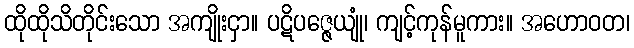
ထိုထိုသိတိုင်းသော အကျိုးငှာ။ ပဋိပဇ္ဇေယျုံ၊ ကျင့်ကုန်မူကား။ အဟောဝတ၊